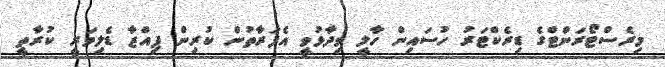
މިރެސްޓޯރަންޓްގެ ޑިރެކްޓަރު ހުސަައިން ހާލީ ވިދާޅުވީ އެފަރާތުން ކުރިން ޕިއްޒާ ޑެލިވަރީ ކުރާތީ